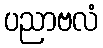
ပညာဗလံ